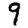
Digit: 9